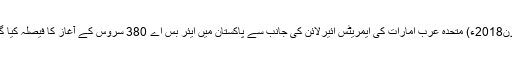
20 جون2018ء) متحدہ عرب امارات کی ایمریٹس ائیرلائن کی جانب سے پاکستان میں ایئر بس اے 380 سروس کے آغاز کا فیصلہ کیا گیا ہے۔